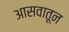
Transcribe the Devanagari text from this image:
आसवातून